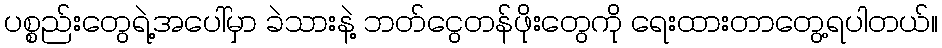
ပစ္စည်းတွေရဲ့အပေါ်မှာ ခဲသားနဲ့ ဘတ်ငွေတန်ဖိုးတွေကို ရေးထားတာတွေ့ရပါတယ်။